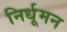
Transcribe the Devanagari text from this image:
निर्धूमन